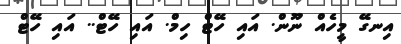
އިނގޭ މީހެއް ނޫން. އައި ހޭޓް ހިމް. އައި ހޭޓް.. އައި ހޭޓް